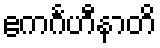
ဧကင်္ဂဟီနာတိ